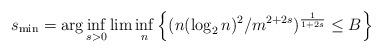
LaTeX: \begin{align*}s_{\min}=\arg\inf_{s>0}\lim\inf_n \Big\{(n(\log_2 n)^2/m^{2+2s})^{\frac{1}{1+2s}}\leq B\Big\}\end{align*}